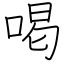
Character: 喝